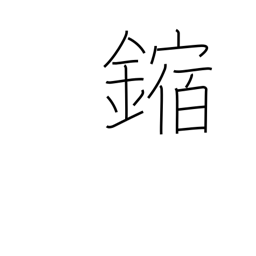
Meaning: corrosion